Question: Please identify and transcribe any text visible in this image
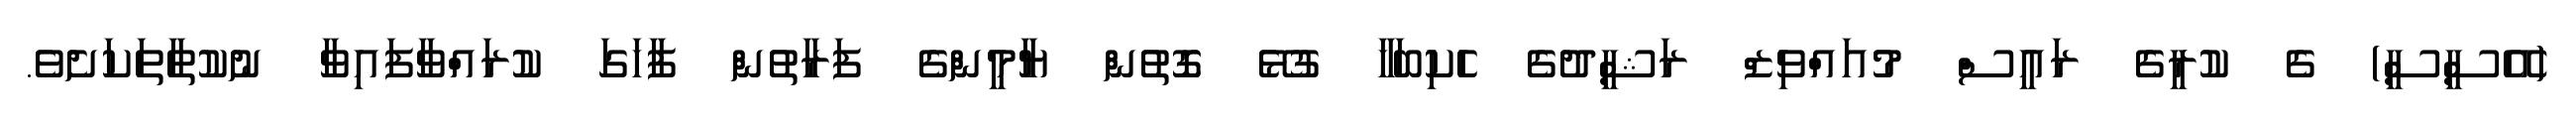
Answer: (އޭސީސީ) ގެ ކުރީގެ ރައީސް މުއައްވިޒް ރަޝީދުގެ ހެކިބަހާ ގުޅޭ ގޮތުން ޔާމީންގެ ފަރާތުން ފާހަގަ ކުރައްވާފައިވާ ނުކުތާތަކަށެވެ.